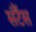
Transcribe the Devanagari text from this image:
संटैंस